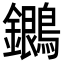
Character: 𪇩